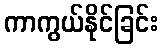
ကာကွယ်နိုင်ခြင်း